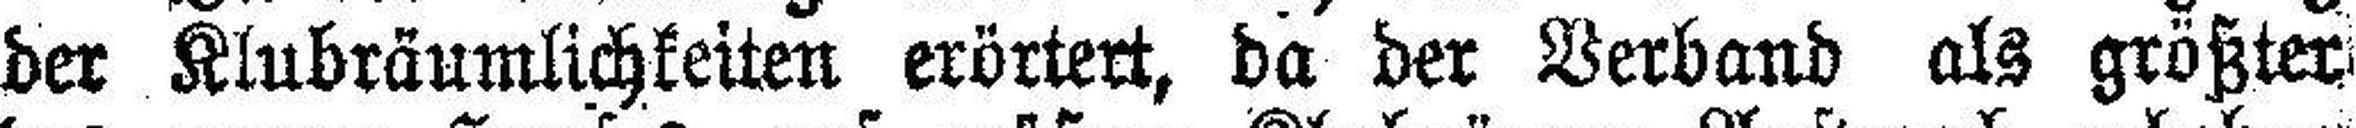
der Klubräumlichkeiten erörtert, da der Verband als größter